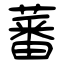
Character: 蕃